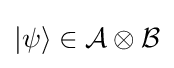
|\psi \rangle \in {\mathcal {A}}\otimes {\mathcal {B}}